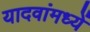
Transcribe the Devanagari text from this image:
यादवांमध्यें